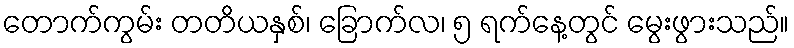
တောက်ကွမ်း တတိယနှစ်၊ ခြောက်လ၊ ၅ ရက်နေ့တွင် မွေးဖွားသည်။